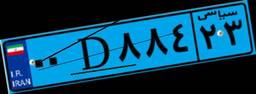
۳۷D۵۸۱۹۲